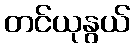
တင်ယုနွယ်